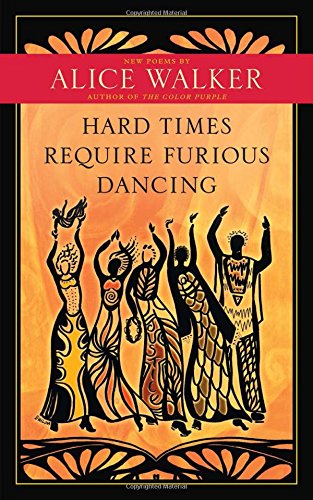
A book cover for Hard Times Require Furious Dancing: New Poems; Alice Walker; Literature & Fiction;